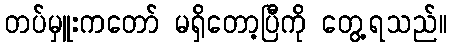
တပ်မှူးကတော် မရှိတော့ပြီကို တွေ့ရသည်။